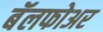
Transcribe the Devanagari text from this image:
बॅलफोअर